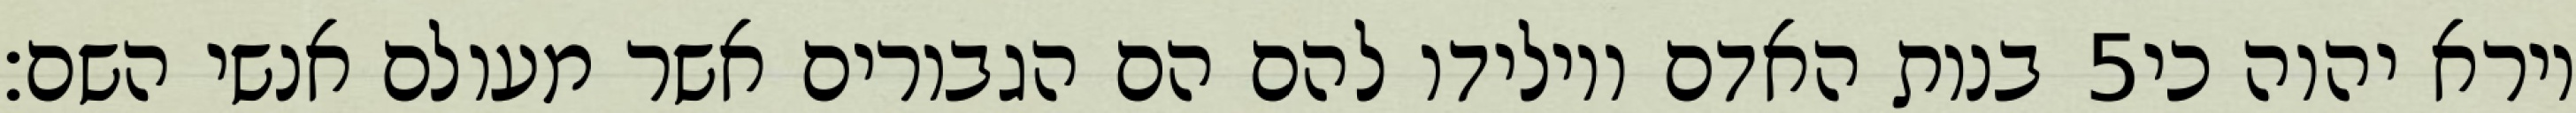
בנות האדם ויולידו להם הם הגבורים אשר מעולם אנשי השם׃ ‎5‏ וירא יהוה כי